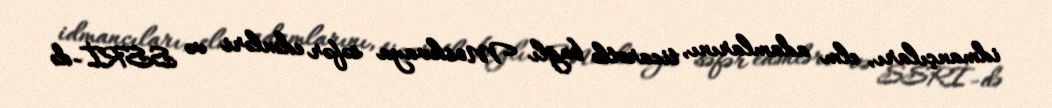
idmançıları, elm adamlarını, ticarətlə bağlı Moskvaya səfər edənləri və SSRİ-də